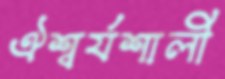
ঐশ্বর্যশালী